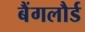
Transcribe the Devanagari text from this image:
बैंगलौर्ड